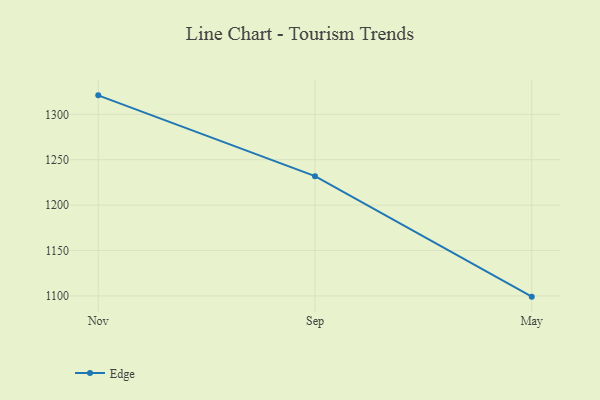
{"axis": {"x": "Month", "y": "Shipments"}, "legend": ["Edge"], "data": [{"x": "Nov", "y": 1320.9, "type": "Edge"}, {"x": "Sep", "y": 1231.9, "type": "Edge"}, {"x": "May", "y": 1099.2, "type": "Edge"}]}